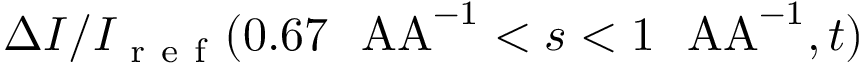
\Delta I / I _ { \mathrm { ~ r ~ e ~ f ~ } } ( 0 . 6 7 \ \mathrm { \ A A } ^ { - 1 } < s < 1 \ \mathrm { \ A A } ^ { - 1 } , t )